Notes on vaccination in the North-West Frontier Province 1923-1928 - 1923-1928
Year: 1923
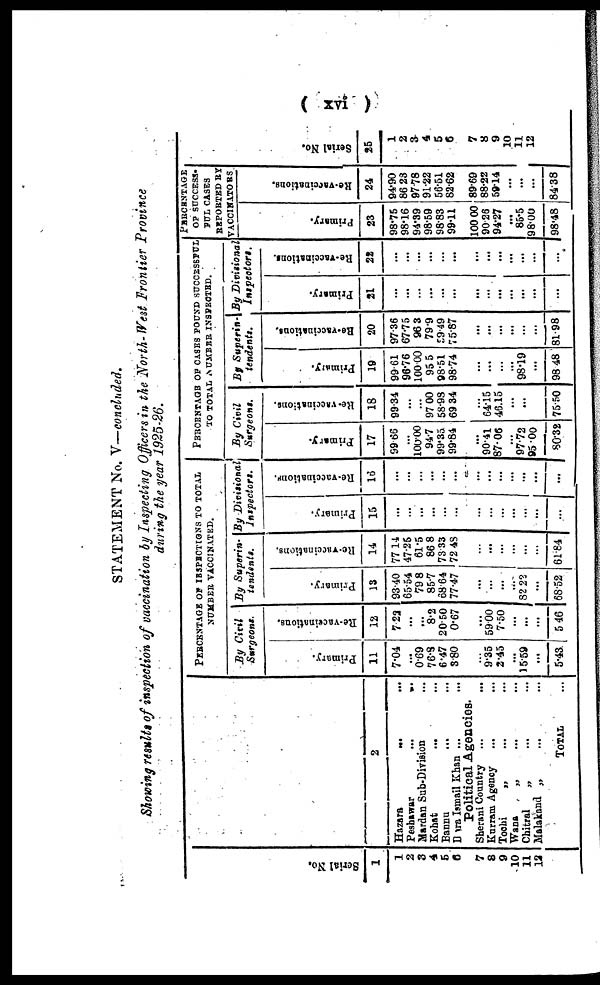
( xvi )
STATEMENT No. V—concluded.
Showing results of inspection of vaccination by Inspecting Officers in the North-West Frontier Province
during the year 1925-26.
Serial No.
1
1
2
3
4
5
6
7
8
9
10
11
12
2
Hazara
... ...
Peshawar
...
...
Mardan Sub-Division ...
Kohat
... ...
Bannu
... ...
Dera Ismail Khan ... ...
Political Agencies.
Sherani Country ... ...
Kurram Agency
... ...
Tochi
„
... ...
Wana
„
... ...
Chitral
„ ... ...
Malakand „ ... ...
TOTAL ...
PERCENTAGE OF INSPECTIONS TO TOTAL
NUMBER VACCINATED.
By Civil
Surgeons.
Primary.
11
7.04
...
0.69
76.8
6.47
3.80
...
9.35
2.45
...
15.59
...
5.43
Re-vaccinations.
12
7.22
...
...
8.2
20.50
0.67
...
59.00
7.50
...
...
...
5.46
By Superin-
tendents.
Primary.
13
93.40
65.54
79.8
85.7
68.64
77.47
...
...
...
...
82.22
...
68.52
Re-vaccinations.
14
77.14
47.25
61.5
86.8
73.33
72.48
...
...
...
...
...
...
61.84
By Divisional
Inspectors.
Primary.
15
...
...
...
...
...
...
...
...
...
...
...
...
...
Re-vaccinations.
16
...
...
...
...
...
...
...
...
...
...
...
...
...
PERCENTAGE OF CASES FOUND SUCCESSFUL
TO TOTAL NUMBER INSPECTED.
By Civil
Surgeons.
Primary.
17
99.66
...
100.00
94.7
99.35
99.84
...
90.41
87.06
...
97.72
95.00
80.32
Re-vaccinations.
18
99.34
...
...
97.00
58.98
69.34
...
64.15
46.15
...
...
...
75.50
By Superin-
tendents.
Primary.
19
99.61
96.76
100.00
95.5
98.51
98.74
...
...
...
...
98.19
...
98.48
Re-vaccinations.
20
97.36
67.75
96.3
79.9
59.49
75.87
...
...
...
...
...
...
81.98
By Divisional
Inspectors.
Primary.
21
...
...
...
...
...
...
...
...
...
...
...
...
...
Re-vaccinations.
22
...
...
...
...
...
...
...
...
...
...
...
...
...
PERCENTAGE
OF SUCCESS-
FUL CASES
REPORTED BY
VACCINATORS.
Primary.
23
98.75
98.16
94.39
98.59
98.83
99.11
100.00
90.26
94.27
...
85.5
98.00
98.48
Re-vaccinations.
24
94.90
86.23
97.78
91.22
56.51
82.62
89.69
88.22
59.14
...
...
...
84.38
Serial No.
25
1
2
3 4
5
6
7
8
9
10
11
12